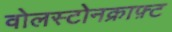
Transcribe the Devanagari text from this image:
वोलस्टोनक्राफ़्ट